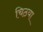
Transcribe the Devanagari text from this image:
चिठया